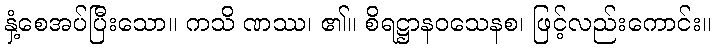
နှံ့စေအပ်ပြီးသော။ ကသိ ဏဿ၊ ၏။ စိရဋ္ဌာနဝသေနစ၊ ဖြင့်လည်းကောင်း။